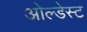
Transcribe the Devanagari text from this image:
ओल्डेस्ट